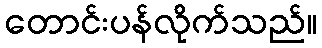
တောင်းပန်လိုက်သည်။